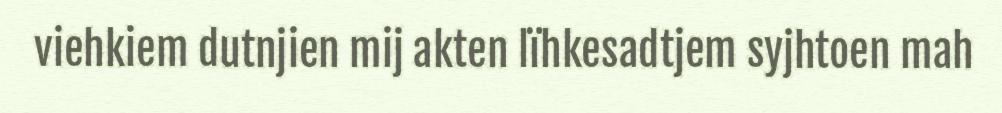
viehkiem dutnjien mij akten lïhkesadtjem syjhtoen mah